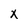
Character: X